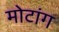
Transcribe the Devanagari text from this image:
मोटांग